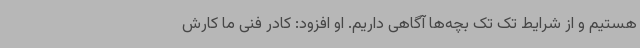
هستیم و از شرایط تک تک بچه‌ها آگاهی داریم. او افزود: کادر فنی ما کارش